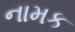
નામક